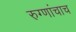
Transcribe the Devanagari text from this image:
रुग्णांचाच